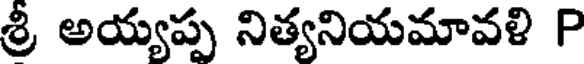
శ్రీ అయ్యప్ప నిత్యనియమావళి P